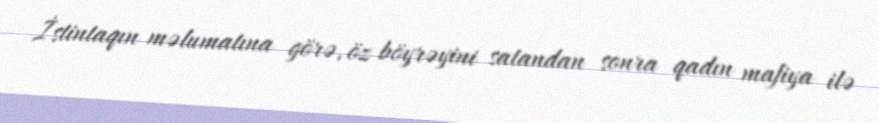
İstintaqın məlumatına görə, öz böyrəyini satandan sonra qadın mafiya ilə